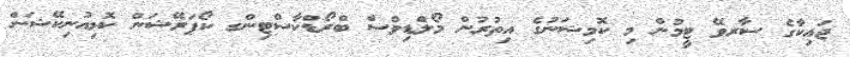
ޖައިކާގެ ސާރވޭ ޓީމުން މި ކޮމިޝަނުގެ އިތުރުން މޯލްޑިވްސް ބްރޯޑްކާސްޓިންގ ކޯޕަރޭޝަން ކޮމިއުނިކޭޝަން